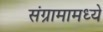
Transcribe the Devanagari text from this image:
संग्रामामध्ये